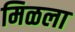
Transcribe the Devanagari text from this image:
मिळला